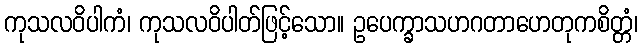
ကုသလဝိပါကံ၊ ကုသလဝိပါတ်ဖြင့်သော။ ဥပေက္ခာသဟဂတာဟေတုကစိတ္တံ၊